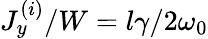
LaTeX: J_{y}^{(i)}/W=l\gamma/2\omega_{0}